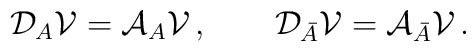
{\cal D}_A{\cal V}= {\cal A}_A{\cal V}\,, \qquad{\cal D}_{\bar A}{\cal V}={\cal A}_{\bar A}{\cal V}\,.